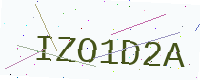
Text: IZO1D2A